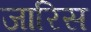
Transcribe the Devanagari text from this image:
जारिस